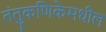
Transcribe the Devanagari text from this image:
तंतुकणिकेमधील